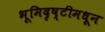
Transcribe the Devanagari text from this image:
भूमिदृष्टीमधून